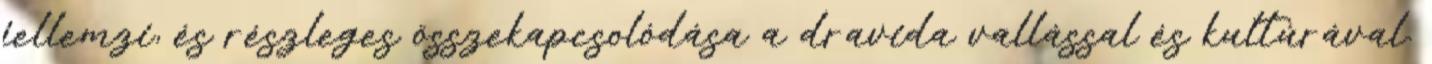
jellemzi, és részleges összekapcsolódása a dravida vallással és kultúrával.